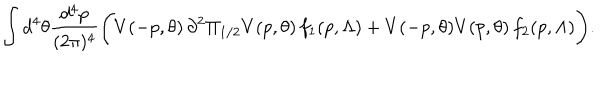
LaTeX: \int d ^ { 4 } \theta \frac { d ^ { 4 } p } { ( 2 \pi ) ^ { 4 } } \Bigg ( V ( - p , \theta ) \, \partial ^ { 2 } \Pi _ { 1 / 2 } V ( p , \theta ) \, f _ { 1 } ( p , \Lambda ) + V ( - p , \theta ) V ( p , \theta ) \, f _ { 2 } ( p , \Lambda ) \Bigg ) .